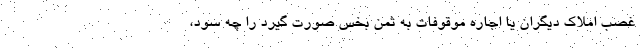
غصب املاک دیگران یا اجاره موقوفات به ثمن بخس صورت گیرد را چه سود،